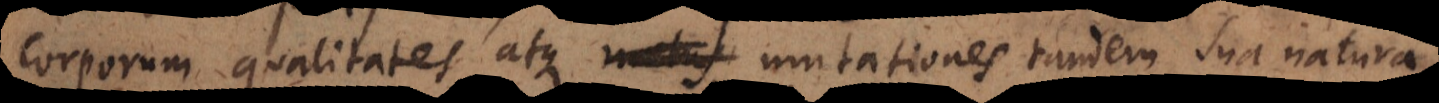
corporum qualitates atque mutationes tandem sua natura